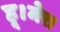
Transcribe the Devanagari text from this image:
हू।मेरा